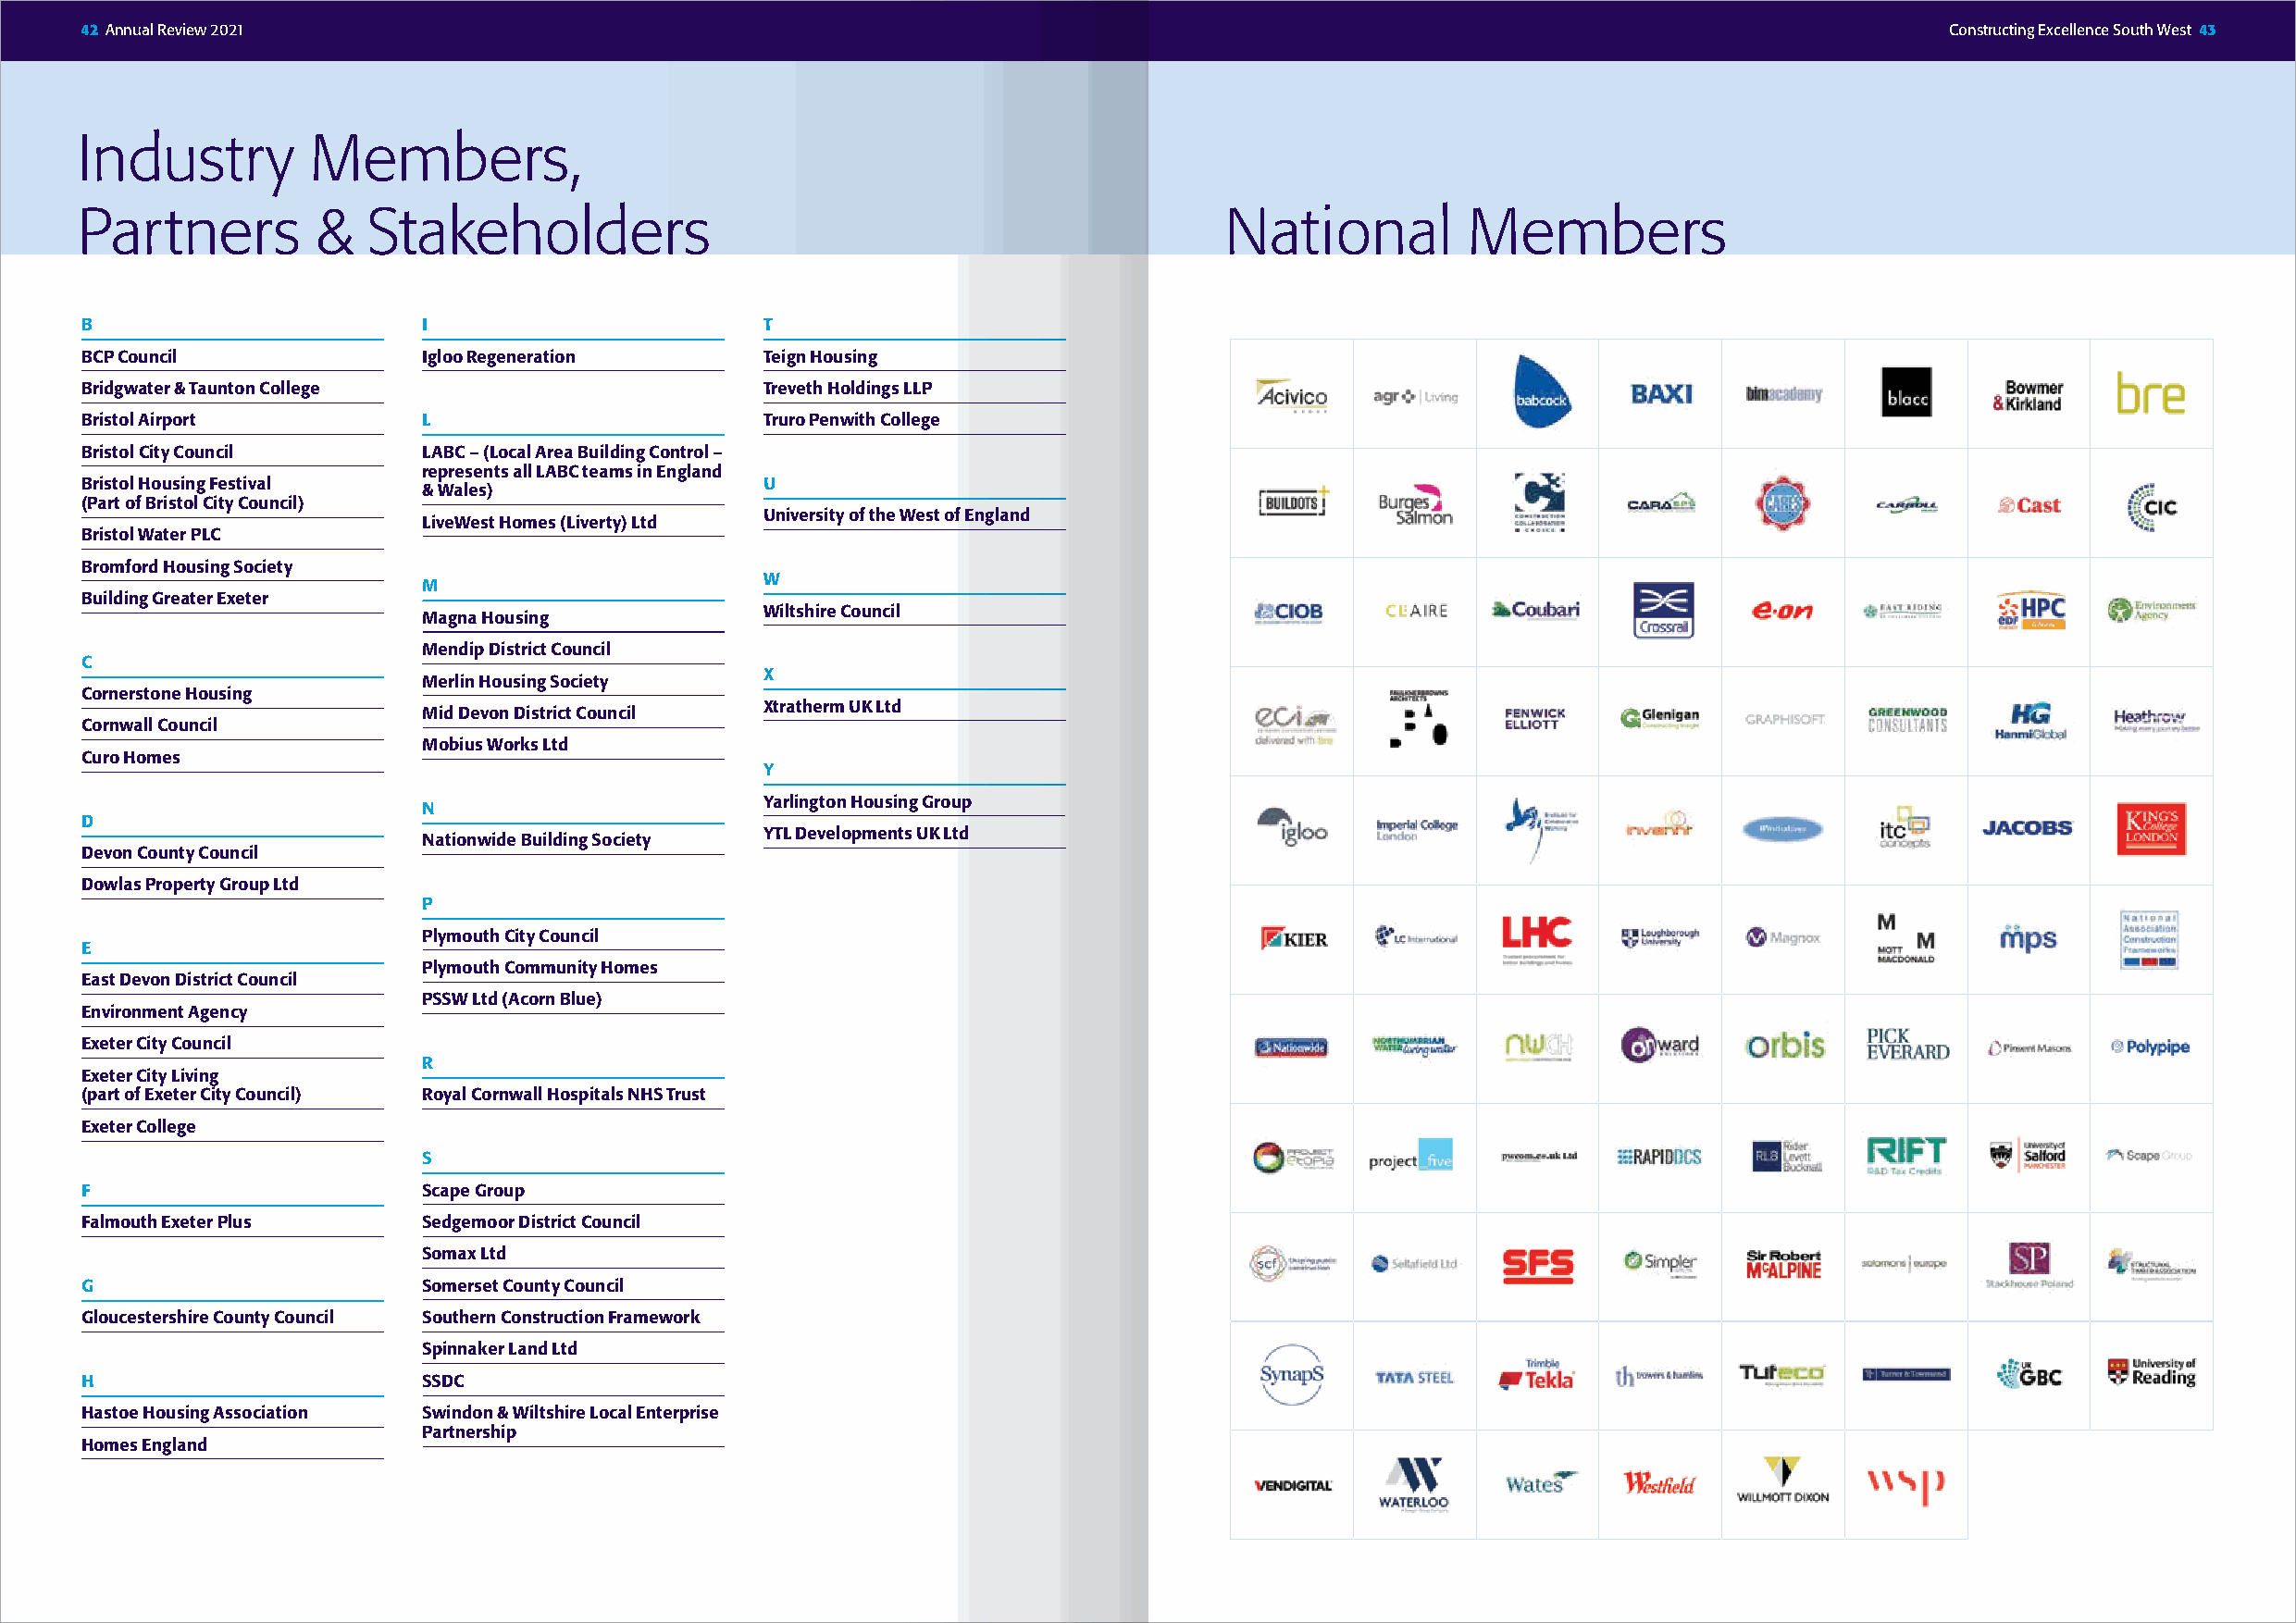
42 Annual Review 2021                                                                                                                Constructing Excellence South West 43
 Industry        Members,
 Partners         &  Stakeholders                                                  National         Members
 B                       I                        T
 BCP Council             Igloo Regeneration       Teign Housing
 Bridgwater & Taunton College                     Treveth Holdings LLP
 Bristol Airport         L                        Truro Penwith College
 Bristol City Council    LABC – (Local Area Building Control –
 represents all LABC teams in England
 Bristol Housing Festival                         U
 & Wales)
 (Part of Bristol City Council)
 University of the West of England
 LiveWest Homes (Liverty) Ltd
 Bristol Water PLC
 Bromford Housing Society
 W
 M
 Building Greater Exeter
 Wiltshire Council
 Magna Housing
 Mendip District Council
 C
 X
 Merlin Housing Society
 Cornerstone Housing
 Xtratherm UK Ltd
 Mid Devon District Council
 Cornwall Council
 Mobius Works Ltd
 Curo Homes
 Y
 Yarlington Housing Group
 N
 D
 YTL Developments UK Ltd
 Nationwide Building Society
 Devon County Council
 Dowlas Property Group Ltd
 P
 Plymouth City Council
 E
 Plymouth Community Homes
 East Devon District Council
 PSSW Ltd (Acorn Blue)
 Environment Agency
 Exeter City Council
 R
 Exeter City Living
 (part of Exeter City Council) Royal Cornwall Hospitals NHS Trust
 Exeter College
 S
 F                       Scape Group
 Falmouth Exeter Plus    Sedgemoor District Council
 Somax Ltd
 G                       Somerset County Council
 Gloucestershire County Council Southern Construction Framework
 Spinnaker Land Ltd
 H                       SSDC
 Hastoe Housing Association Swindon & Wiltshire Local Enterprise
 Partnership
 Homes England